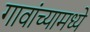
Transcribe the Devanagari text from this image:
गावांच्यामध्ये